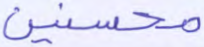
محسنين